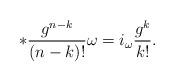
LaTeX: \begin{align*}*\frac{g^{n-k}}{(n-k)!}\omega=i_{\omega}\frac{g^k}{k!}.\end{align*}